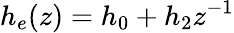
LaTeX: h_{e}(z)=h_{0}+h_{2}z^{-1}